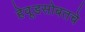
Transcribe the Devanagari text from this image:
हेवूडसोबतचे